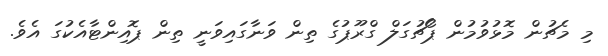
މި މެޗުން މޮޅުވުމުން ޕޯޗުގަލް ގްރޫޕުގެ ތިން ވަނާގައިވަނީ ތިން ޕޮއިންޓާއެކުގަ އެވެ.